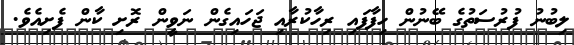
ލިބުނު ފުރުސަތުގެ ބޭނުން ހިފާފައި ރިހާކުރާއި ޖަހައިގެން ނަވީން ރޮށި ކާން ފެށިއެވެ.